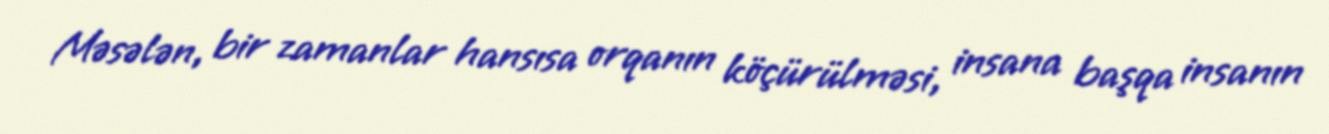
Məsələn, bir zamanlar hansısa orqanın köçürülməsi, insana başqa insanın